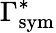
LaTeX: \Gamma_{\mathrm{{sym}}}^{*}